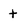
Character: t